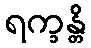
ရက္ခန္တိ